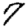
Digit: 7